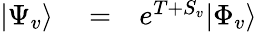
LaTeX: \begin{array}{rlr}{|\Psi_{v}\rangle}&{{}=}&{e^{T+S_{v}}|\Phi_{v}\rangle}\end{array}